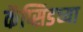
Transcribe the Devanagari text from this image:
कॅप्सिडच्या